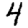
Digit: 4